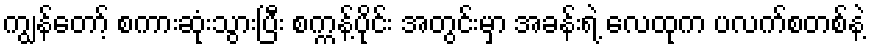
ကျွန်တော့် စကားဆုံးသွားပြီး စက္ကန့်ပိုင်း အတွင်းမှာ အခန်းရဲ့ လေထုက ပလက်စတစ်နဲ့